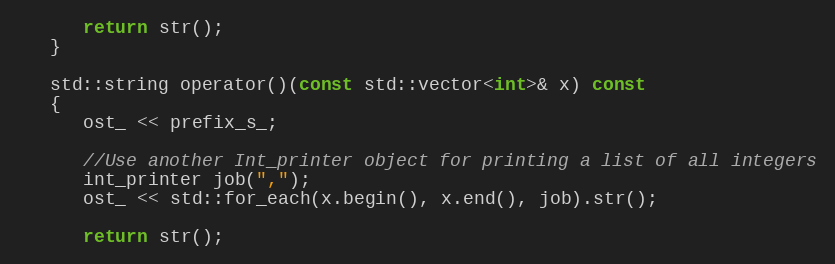
Language: C
      return str();
   }

   std::string operator()(const std::vector<int>& x) const
   {
      ost_ << prefix_s_;

      //Use another Int_printer object for printing a list of all integers
      int_printer job(",");
      ost_ << std::for_each(x.begin(), x.end(), job).str();

      return str();